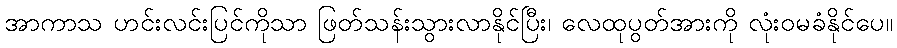
အာကာသ ဟင်းလင်းပြင်ကိုသာ ဖြတ်သန်းသွားလာနိုင်ပြီး၊ လေထုပွတ်အားကို လုံးဝမခံနိုင်ပေ။